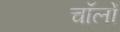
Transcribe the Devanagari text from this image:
चॉलों